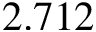
2 . 7 1 2